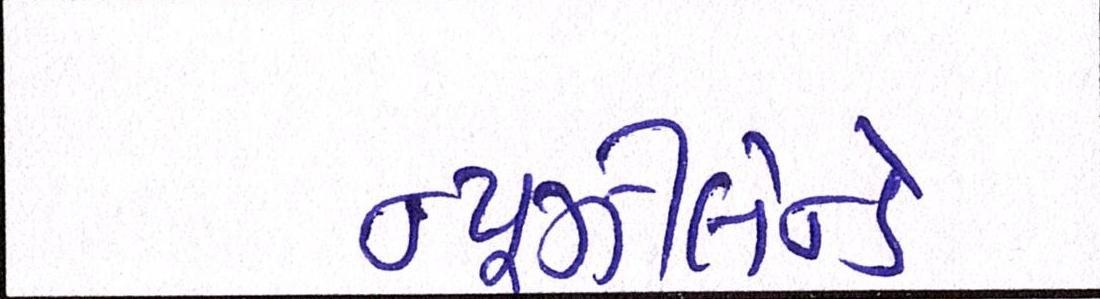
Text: ન્યૂઝીલેન્ડે